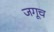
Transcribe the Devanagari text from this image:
जगूच